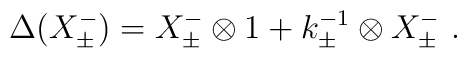
\Delta( X^-_\pm) =X^-_\pm \otimes 1 + k^{-1}_\pm \otimes X^-_\pm~.